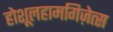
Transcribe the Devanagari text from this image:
होशूलहामगिज़ेत्स